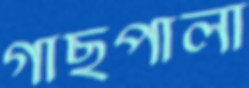
গাছপালা